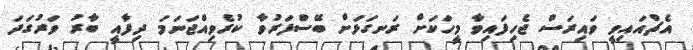
އެޗްއައިވީ ވައިރަސް ޖެހިފައިވާ މީހަކަށް ރަނގަޅަށް ބޭސްފަރުވާ ކުރެވިއްޖަނަމަ ދިފާއީ ބާރު ވަރުގަދަ